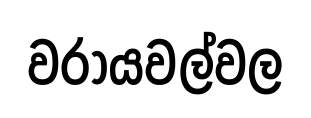
වරායවල්වල